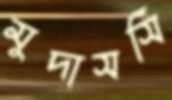
মুদাসসি